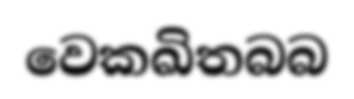
වෙකඛිතබබ